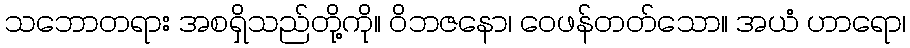
သဘောတရား အစရှိသည်တို့ကို။ ဝိဘဇနော၊ ဝေဖန်တတ်သော။ အယံ ဟာရော၊